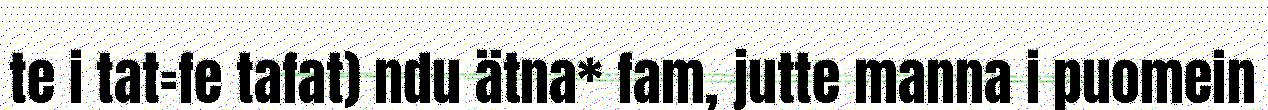
te i tat=fe tafat) ndu ätna* fam, jutte manna i puomein